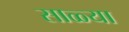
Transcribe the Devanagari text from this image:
साळ्या